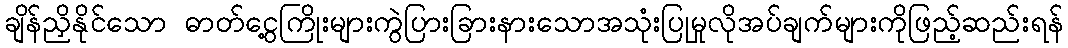
ချိန်ညှိနိုင်သော ဓာတ်ငွေ့ကြိုးများကွဲပြားခြားနားသောအသုံးပြုမှုလိုအပ်ချက်များကိုဖြည့်ဆည်းရန်